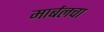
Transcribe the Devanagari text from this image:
मार्बलचा